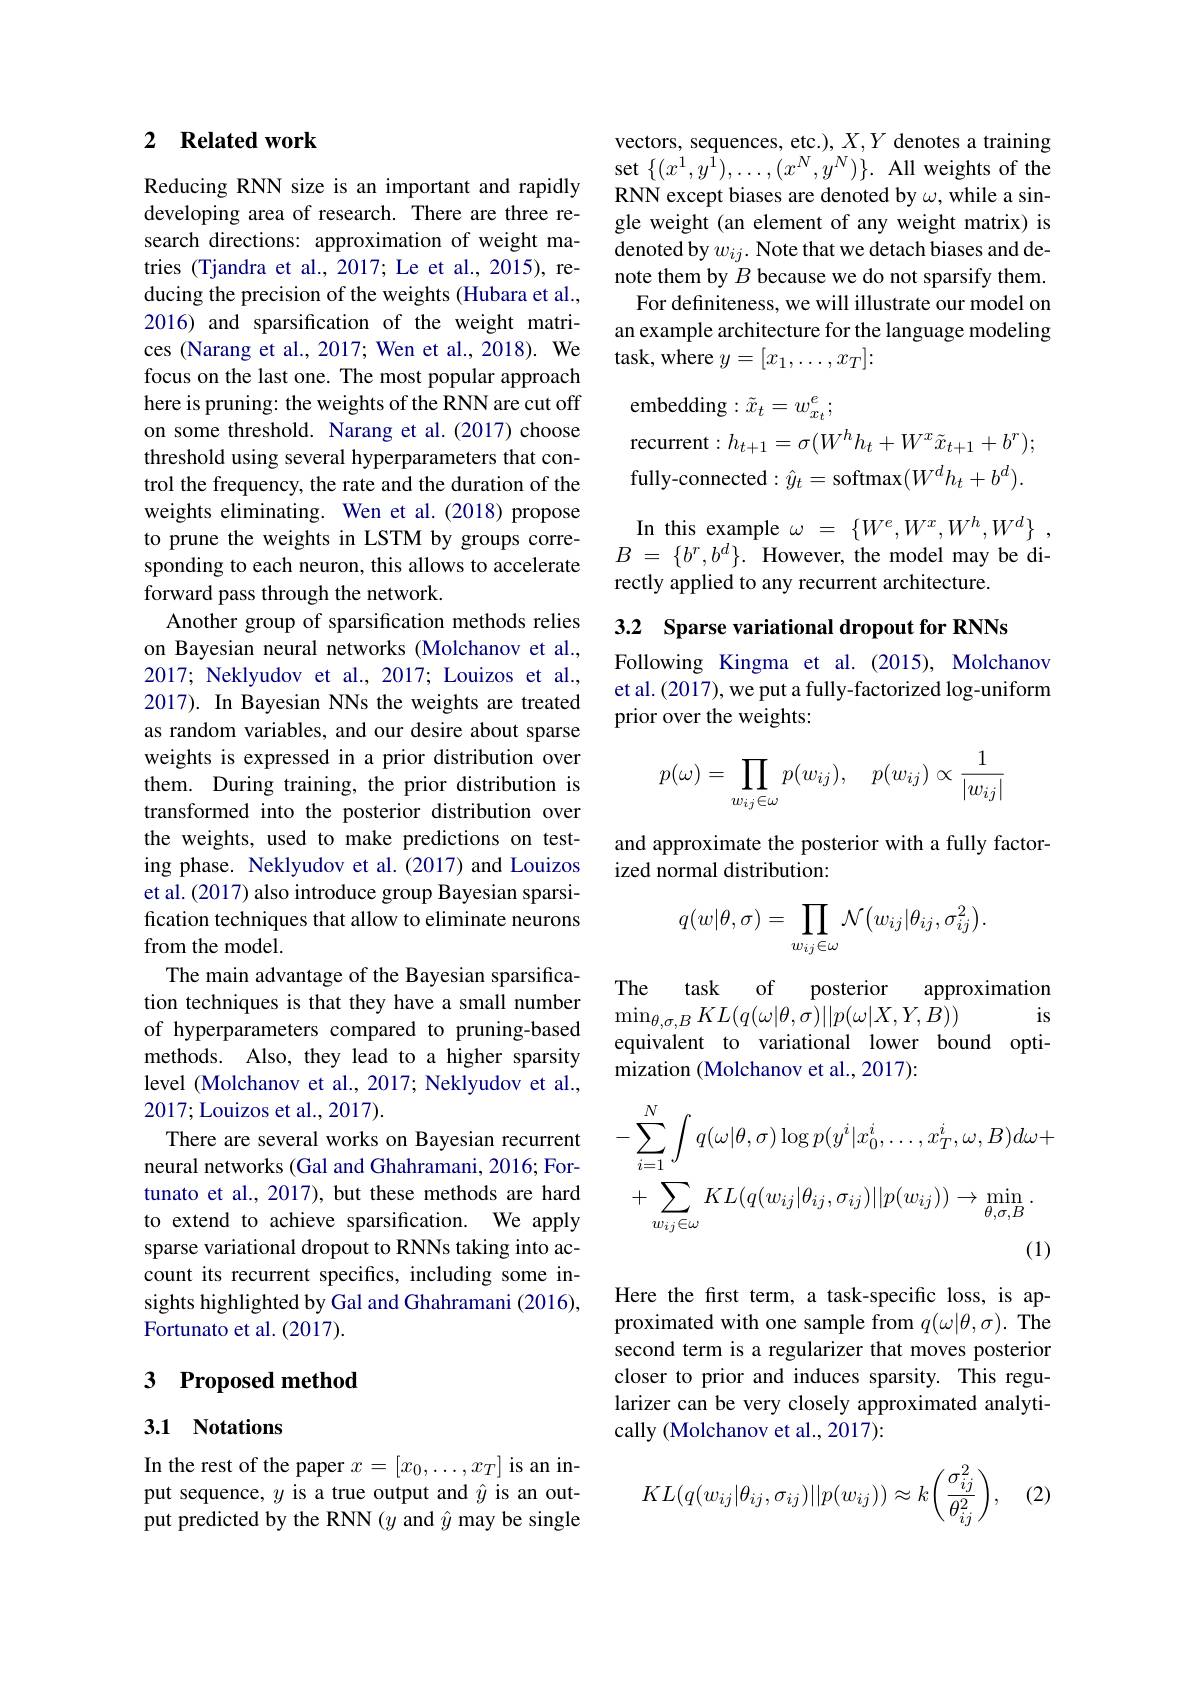
vectors, sequences, etc.), $X,Y$ denotes a training set$\{(x^{1},y^{\bar{1}}),\ldots,(x^{N},y^{N})\}.$All weights of the RNN except biases are denoted by $\omega$, while a single weight (an element of any weight matrix) is denoted by $w_{ij}.$ Note that we detach biases and denote them by $B$ because we do not sparsify them. For definiteness, we will illustrate our model on
an example architecture for the language modeling
task, where $y=[x_1,\ldots,x_T]\colon$

### 2 $\textbf{Related work}$

Reducing RNN size is an important and rapidly developing area of research. There are three research directions: approximation of weight matries (Tjandra et al., 2017; Le et al., 2015), reducing the precision of the weights (Hubara et al., 2016) and sparsification of the weight matrices (Narang et al., 2017; Wen et al., 2018). We focus on the last one. The most popular approach here is pruning: the weights of the RNN are cut off on some threshold. Narang et al.(2017) choose threshold using several hyperparameters that control the frequency, the rate and the duration of the weights eliminating. Wen et al.(2018) propose to prune the weights in LSTM by groups corresponding to each neuron, this allows to accelerate forward pass through the network.
Another group of sparsification methods relies on Bayesian neural networks (Molchanov et al., 2017; Neklyudov et al., 2017; Louizos et al., 2017). In Bayesian NNs the weights are treated as random variables, and our desire about sparse weights is expressed in a prior distribution over them. During training, the prior distribution is transformed into the posterior distribution over the weights, used to make predictions on testing phase. Neklyudov et al.(2017) and Louizos et al. (2017) also introduce group Bayesian sparsification techniques that allow to eliminate neurons from the model.
The main advantage of the Bayesian sparsifica- $\begin{aligned}\text{The main advantage of the Bayesian sparsifica-}\\\text{tion techniques is that they have a small number}&\mathrm{The}\:\mathrm{task}\:\mathrm{of}\:\mathrm{posterior}\:\mathrm{approximation}\\\text{of hyperparameters compared to pruning-based}&\mathrm{min}_{\theta,\sigma,B}\end{aligned}$
level (Molchanov et al., 2017; Neklyudov et al.,
2017; Louizos et al., 2017).
There are several works on Bayesian recurrent neural networks (Gal and Ghahramani, 2016; Fortunato et al., 2017), but these methods are hard to extend to achieve sparsification. We apply sparse variational dropout to RNNs taking into account its recurrent specifics, including some insights highlighted by Gal and Ghahramani (2016), Fortunato et al. (2017).

# 3 Proposed method

## 3.1 Notations

In the rest of the paper $x=[x_0,\ldots,x_T]$ is an input sequence, $y$ is a true output and $\hat{y}$ is an output predicted by the RNN $(y$ and $\hat{y}$ may be single

embedding$:\tilde{x}_t=w_{x_t}^e;$
recurrent$:h_t+1=\sigma(W^hh_t+W^x\tilde{x}_{t+1}+b^r);$ fully-connected$:\hat{y}_t=$softmax$(W^dh_t+b^d).$ In this example $\omega=\left\{W^e,W^x,W^h,W^d\right\}$, $B$ = $\{ b^{r}, b^{d}\} .$ However, the model may be directly applied to any recurrent architecture.

3.2 Sparse variational dropout for RNNs

Following Kingma et al.(2015), Molchanov et al. (2017), we put a fully-factorized log-uniform prior over the weights:
$$\begin{aligned}p(\omega)=\prod_{w_{ij}\in\omega}p(w_{ij}),\quad p(w_{ij})\propto\frac{1}{|w_{ij}|}\end{aligned}$$
and approximate the posterior with a fully factor-
ized normal distribution:
$$q(w|\theta,\sigma)=\prod_{w_{ij}\in\omega}\mathcal{N}\big(w_{ij}|\theta_{ij},\sigma_{ij}^{2}\big).$$
$$-\sum_{i=1}^{N}\int q(\omega|\theta,\sigma)\log p(y^{i}|x_{0}^{i},\ldots,x_{T}^{i},\omega,B)d\omega+\\+\sum_{w_{ij}\in\omega}KL(q(w_{ij}|\theta_{ij},\sigma_{ij})||p(w_{ij}))\to\min_{\theta,\sigma,B}.$$
Here the frst term, a task-specific loss, is approximated with one sample from $q(\omega|\theta,\sigma).$ The second term is a regularizer that moves posterior closer to prior and induces sparsity. This regularizer can be very closely approximated analytically (Molchanov et al., 2017):
$$KL(q(w_{ij}|\theta_{ij},\sigma_{ij})||p(w_{ij}))\approx k\biggl(\frac{\sigma_{ij}^{2}}{\theta_{ij}^{2}}\biggr),$$
(2)